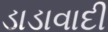
ડાડાવાદી